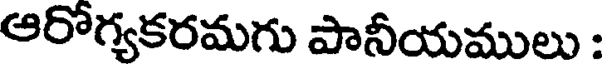
ఆరోగ్యకరమగు పానీయములు :